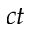
c t